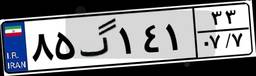
۸۵گ۱۴۱۳۳